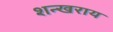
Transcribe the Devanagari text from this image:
शन्खराय